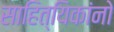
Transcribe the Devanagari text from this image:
साहित्यिकांनो